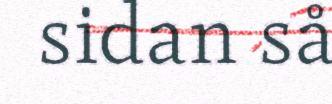
sidan så